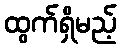
ထွက်ရှိမည့်